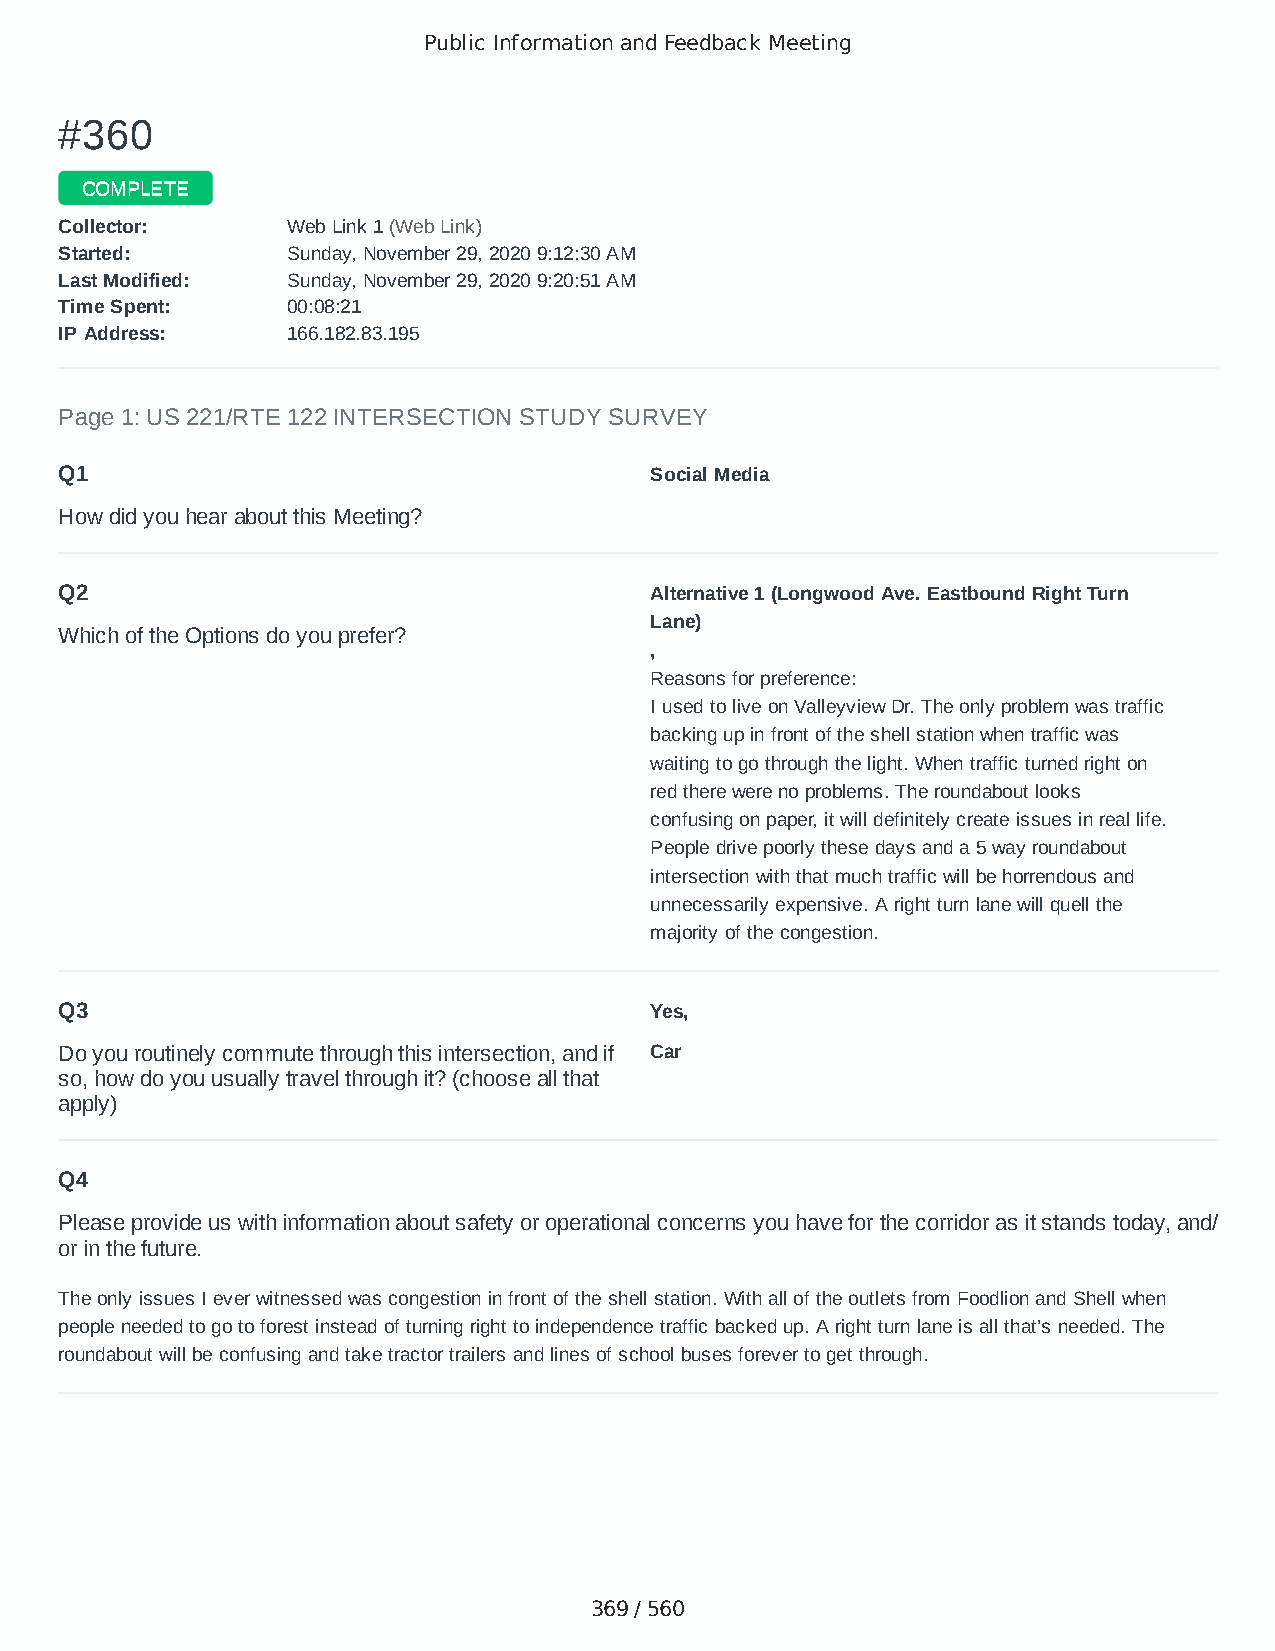
Public Information and Feedback Meeting
 ##336600
 CCOOMMPPLLEETTEE
 CCoolllleeccttoorr:: WWeebb LLiinnkk 11 ((WWeebb LLiinnkk))
 SSttaarrtteedd:: SSuunnddaayy,, NNoovveemmbbeerr 2299,, 22002200 99::1122::3300 AAMM
 LLaasstt MMooddiiffiieedd:: SSuunnddaayy,, NNoovveemmbbeerr 2299,, 22002200 99::2200::5511 AAMM
 TTiimmee SSppeenntt:: 0000::0088::2211
 IIPP AAddddrreessss:: 116666..118822..8833..119955
 Page 1: US 221/RTE 122 INTERSECTION STUDY SURVEY
 Q1                                     Social Media
 How did you hear about this Meeting?
 Q2                                     Alternative 1 (Longwood Ave. Eastbound Right Turn
 Lane)
 Which of the Options do you prefer?
 ,
 Reasons for preference:
 I used to live on Valleyview Dr. The only problem was traffic
 backing up in front of the shell station when traffic was
 waiting to go through the light. When traffic turned right on
 red there were no problems. The roundabout looks
 confusing on paper, it will definitely create issues in real life.
 People drive poorly these days and a 5 way roundabout
 intersection with that much traffic will be horrendous and
 unnecessarily expensive. A right turn lane will quell the
 majority of the congestion.
 Q3                                     Yes,
 Do you routinely commute through this intersection, and if Car
 so, how do you usually travel through it? (choose all that
 apply)
 Q4
 Please provide us with information about safety or operational concerns you have for the corridor as it stands today, and/
 or in the future.
 The only issues I ever witnessed was congestion in front of the shell station. With all of the outlets from Foodlion and Shell when
 people needed to go to forest instead of turning right to independence traffic backed up. A right turn lane is all that’s needed. The
 roundabout will be confusing and take tractor trailers and lines of school buses forever to get through.
 369 / 560